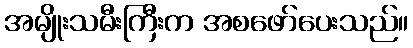
အမျိုးသမီးကြီးက အစဖော်ပေးသည်။